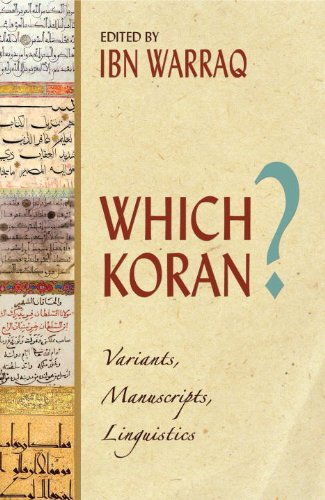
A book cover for Which Koran?: Variants, Manuscripts, Linguistics; Religion & Spirituality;